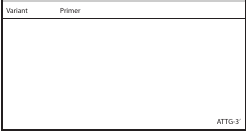
<table><thead><tr><td><b>Variant</b></td><td><b>Primer</b></td><td>[EMPTY_CELL]</td></tr></thead><tbody><tr><td>[EMPTY_CELL]</td><td>[EMPTY_CELL]</td><td>[EMPTY_CELL]</td></tr><tr><td>[EMPTY_CELL]</td><td>[EMPTY_CELL]</td><td>[EMPTY_CELL]</td></tr><tr><td>[EMPTY_CELL]</td><td>[EMPTY_CELL]</td><td>[EMPTY_CELL]</td></tr><tr><td>[EMPTY_CELL]</td><td>[EMPTY_CELL]</td><td>[EMPTY_CELL]</td></tr><tr><td>[EMPTY_CELL]</td><td>[EMPTY_CELL]</td><td>[EMPTY_CELL]</td></tr><tr><td>[EMPTY_CELL]</td><td>[EMPTY_CELL]</td><td>[EMPTY_CELL]</td></tr><tr><td>[EMPTY_CELL]</td><td>[EMPTY_CELL]</td><td>[EMPTY_CELL]</td></tr><tr><td>[EMPTY_CELL]</td><td>[EMPTY_CELL]</td><td>[EMPTY_CELL]</td></tr><tr><td>[EMPTY_CELL]</td><td>[EMPTY_CELL]</td><td>[EMPTY_CELL]</td></tr><tr><td>[EMPTY_CELL]</td><td>[EMPTY_CELL]</td><td>[EMPTY_CELL]</td></tr><tr><td>[EMPTY_CELL]</td><td>[EMPTY_CELL]</td><td>ATTG-3′</td></tr></tbody></table>